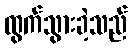
ထွက်သွားခဲ့သည်